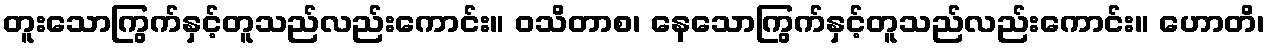
တူးသောကြွက်နှင့်တူသည်လည်းကောင်း။ ဝသိတာစ၊ နေသောကြွက်နှင့်တူသည်လည်းကောင်း။ ဟောတိ၊